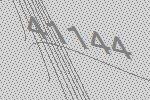
41144